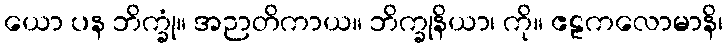
ယော ပန ဘိက္ခုံ။ အဉာတိကာယ။ ဘိက္ခုနိယာ၊ ကို။ ဧဠကလောမာနိ၊